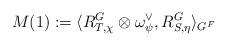
LaTeX: \begin{align*}M(1): =\langle R^G_{T, \chi} \otimes\omega_\psi^\vee, R^G_{S, \eta}\rangle_{G^F}\end{align*}